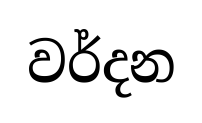
වර්දන